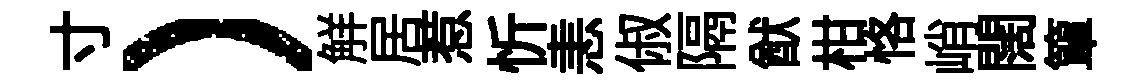
寸）觧居惹忻恚俶隔猷柑恪峭闊簞